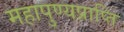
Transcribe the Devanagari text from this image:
महापुण्यप्राप्ति